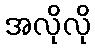
အလိုလို